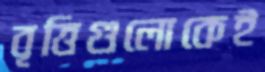
বৃত্তিগুলোকেই